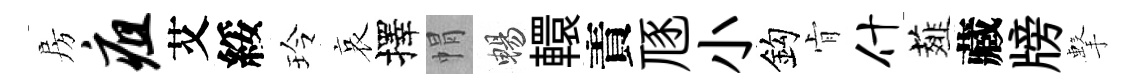
房疽艾綏玲哀擇㡌暢轘責豗小鈎肻什薤藏牓擊